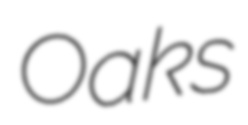
Oaks